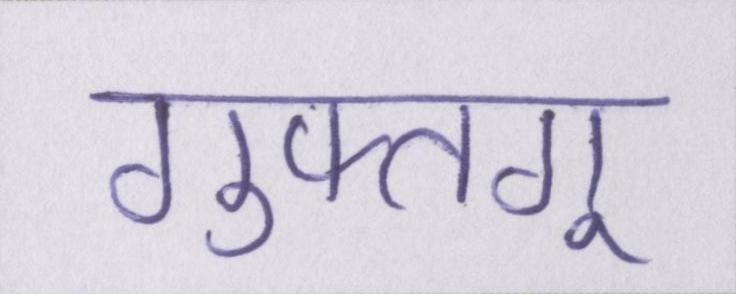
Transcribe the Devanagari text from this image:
गुफ्तगू